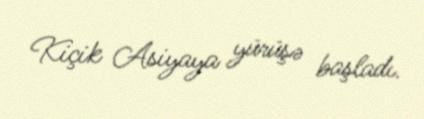
Kiçik Asiyaya yürüşə başladı.